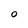
Character: o